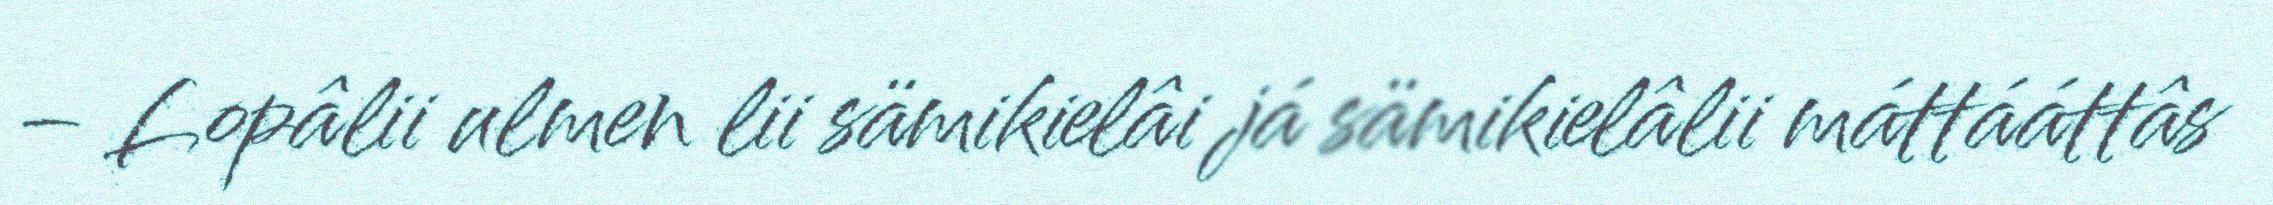
– Lopâlii ulmen lii sämikielâi já sämikielâlii máttááttâs